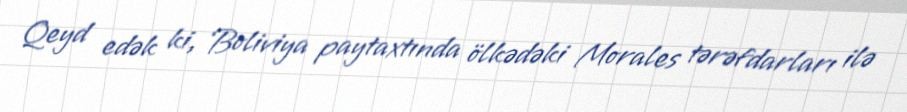
Qeyd edək ki, Boliviya paytaxtında ölkədəki Morales tərəfdarları ilə